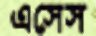
এসেস